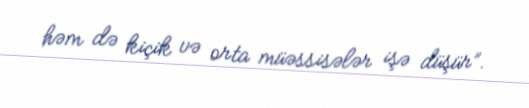
həm də kiçik və orta müəssisələr işə düşür”.